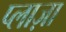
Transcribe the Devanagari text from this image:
प्‍लाज़ा